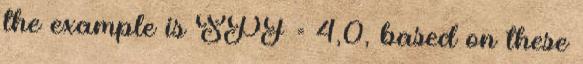
the example is SPF = 4,0, based on these